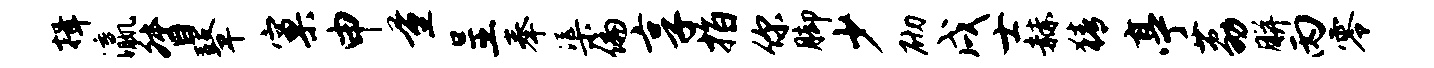
揖瀛督鼙窠申量呈奉渠偏享指你脚少砌戌士赫猜亭荔胼丙零